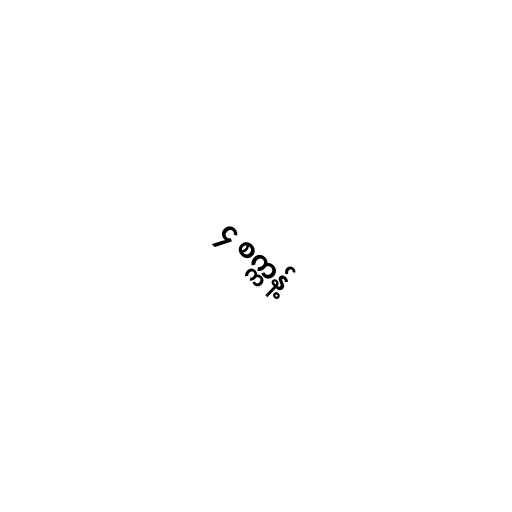
၄ စက္ကန့်